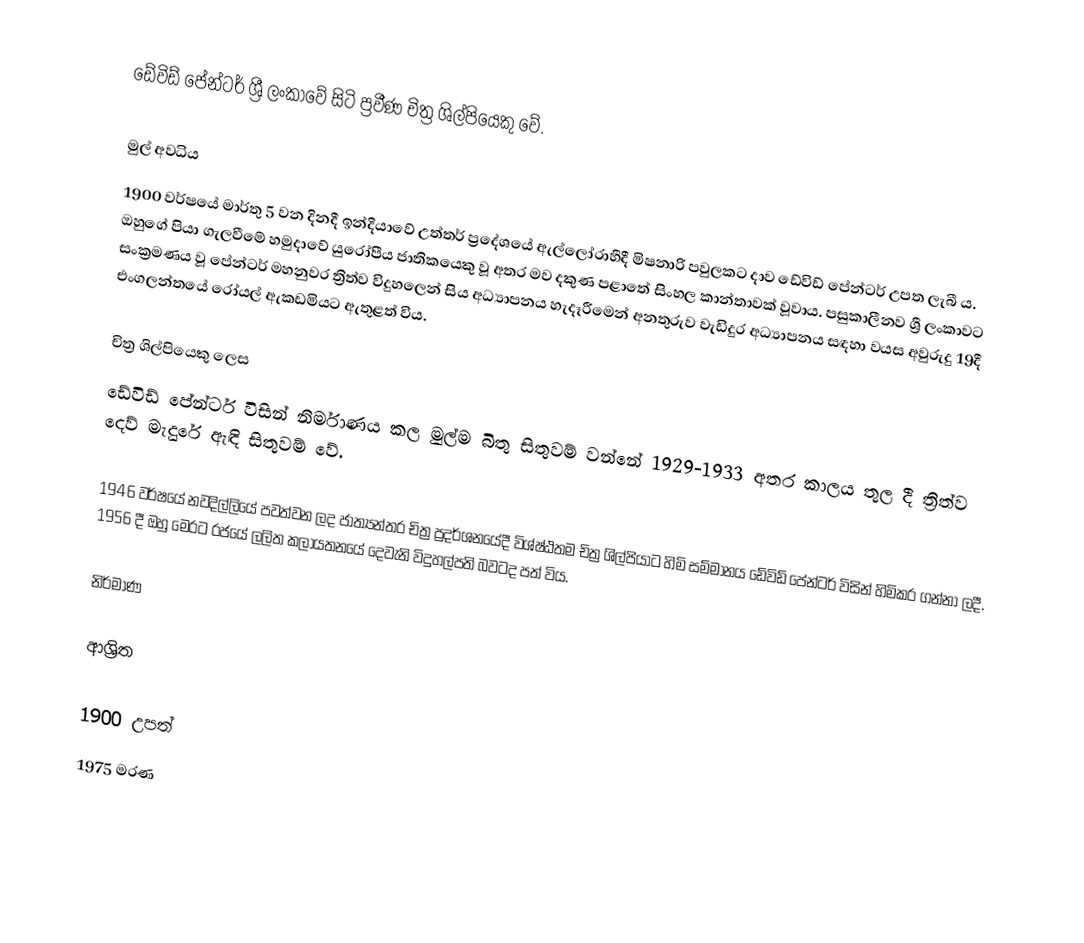
ඩේවිඩ් පේන්ටර් ශ්‍රී ලංකාවේ සිටි ප්‍රවීණ චිත්‍ර ශිල්පියෙකු වේ.

මුල් අවධිය
1900 වර්ෂයේ මාර්තු 5 වන දිනදී ඉන්දියාවේ උත්තර් ප්‍රදේශයේ ඇල්ලෝරාහීදී මිෂනාරි පවුලකට දාව ඩේවිඩ් පේන්ටර් උපත ලැබී ය. ඔහුගේ පියා ගැලවීමේ හමුදාවේ යුරෝපීය ජාතිකයෙකු වූ අතර මව දකුණ පළාතේ සිංහල කාන්තාවක් වූවාය. පසුකාලීනව ශ්‍රී ලංකාවට සංක්‍රමණය වූ පේන්ටර් මහනුවර ත්‍රිත්ව විදුහලෙන් සිය අධ්‍යාපනය හැදෑරීමෙන් අනතුරුව වැඩිදුර අධ්‍යාපනය සඳහා වයස අවුරුදු 19දී එංගලන්තයේ රෝයල් ඇකඩමියට ඇතුළත් විය.

චිත්‍ර ශිල්පියෙකු ලෙස
ඩේවිඩ් පේන්ටර් විසින් නිර්මාණය කල මුල්ම බිතු සිතුවම් වන්නේ 1929-1933 අතර කාලය තුල දී ත්‍රිත්ව දෙව් මැදුරේ ඇඳි සිතුවම් වේ.

1946 වර්ෂයේ නවදිල්ලියේ පවත්වන ලද ජාත්‍යන්තර චිත්‍ර ප්‍රදර්ශනයේදී විශ්ෂ්ඨතම චිත්‍ර ශිල්පියාට හිමි සම්මානය ඩේවිඩ් පේන්ටර් විසින් හිමිකර ගන්නා ලදී. 1956 දී ඔහු මෙරට රජයේ ලලිත කලායතනයේ දෙවැනි විදුහල්පති බවටද පත් විය.

නිර්මාණ

ආශ්‍රිත

1900 උපත්
1975 මරණ